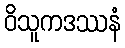
ဝိသူကဒဿနံ